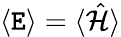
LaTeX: \langle\mathtt{E}\rangle=\langle\hat{{\mathcal{{H}}}}\rangle